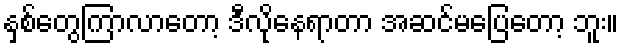
နှစ်တွေကြာလာတော့ ဒီလိုနေရာတာ အဆင်မပြေတော့ ဘူး။